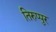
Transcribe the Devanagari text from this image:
तिरुप्पुर